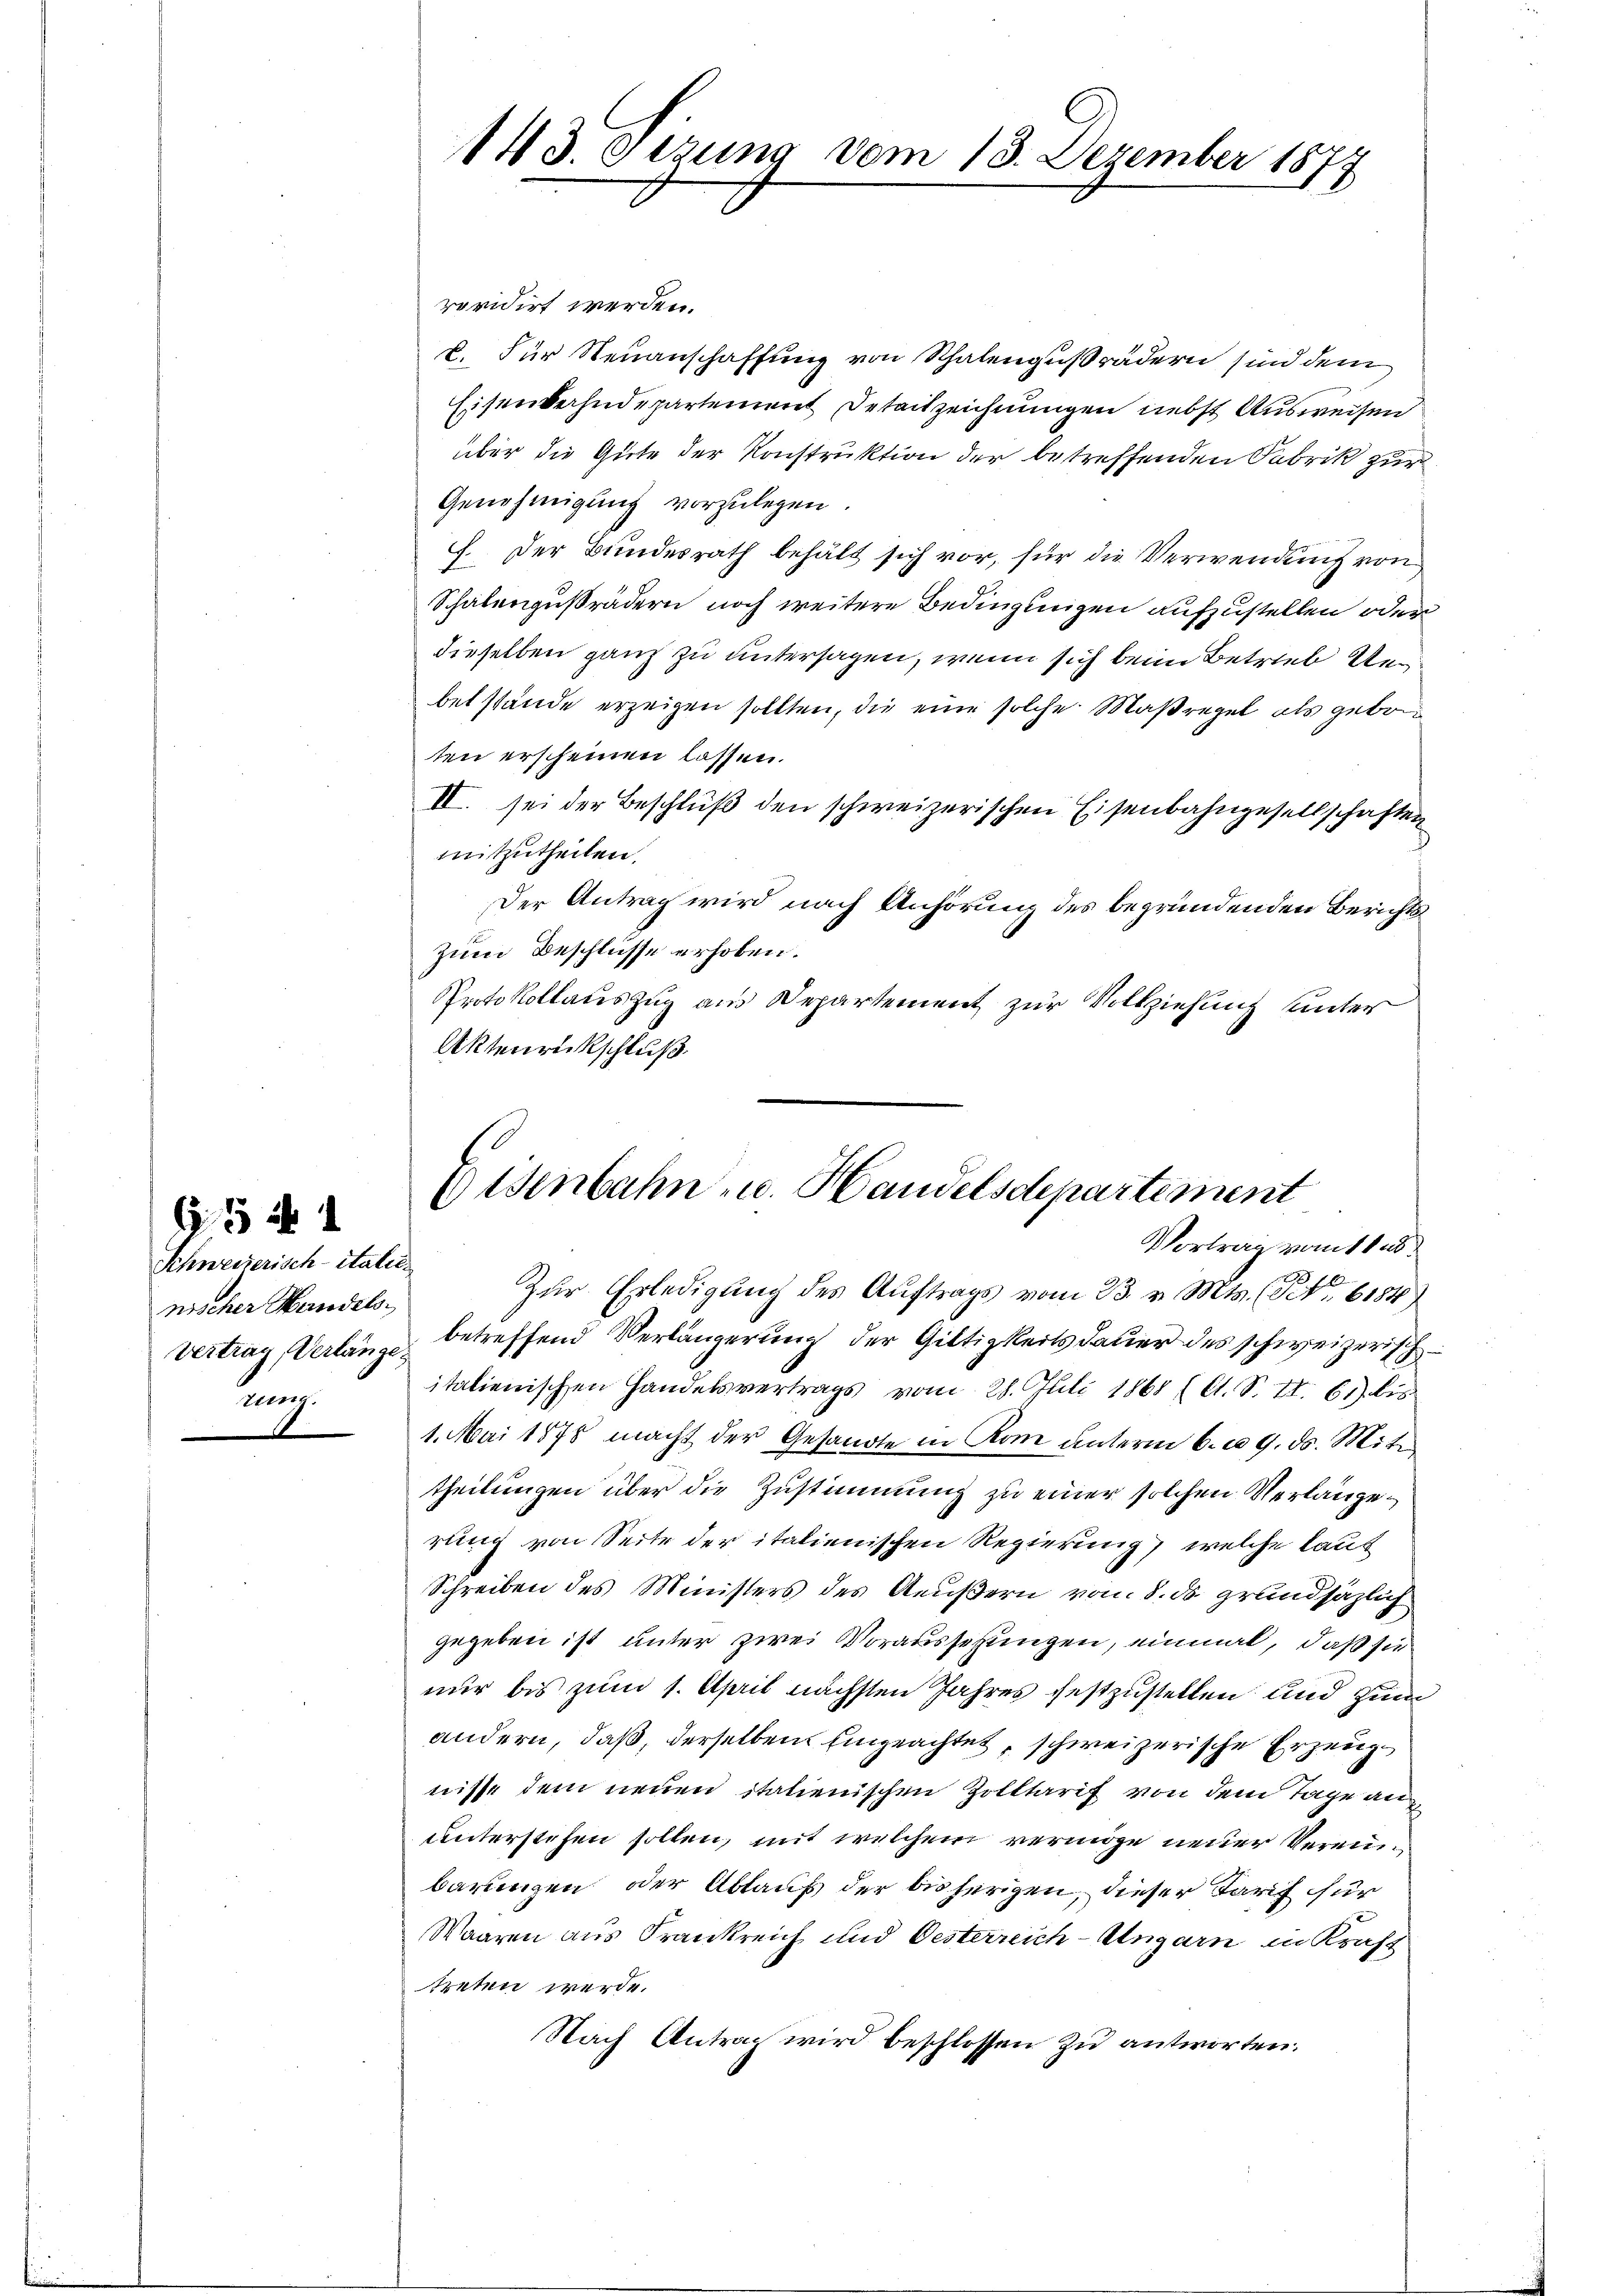
52 x
Schweizerisch-Italie
nischer Handels¬
.

rovidirt werden.
u. Für Neuanschaffung von Schalengußrädern sind dem
Eisenverhudepartement Detactzeichnungen nebst Ausweisen.
über die Gute der Konstruktion der betreffenden Fabrik zur
Genehmigung vorzulegen.
7. Der Bundesrath behält sich vor, für die Verwendung von
Schalengußrädern noch weitere Bedingungen aufzustellen oder
dieselben ganz zu untersagen, wenn sich beim Betrieb Uebetstände erzeigen sollten, die eine solche Maßregel als geborten erscheinen lassen.
II. sei der Beschluß den schweizerischen Eisenbahngesellschaften
mitzutheilen.
Der Antrag wird nach Anhörung des begründenden Berichts
Zum Beschlüsse erhoben.
Protokollauszug aus Departement zur Vollziehung unter
Aktenrückschluß

143. Otzung vom 18. Dezember 1877

Eisenbahn- u. Handelsdepartement
Vortrag vom 11.

Zur Erledigung des Auftrags vom 23. v. Mts. (S. 6184)
Vertrag, Verlange betreffend Verlängerung der Giltigkeits dauer des schweizerischitalienischen Handelsvertrags vom 28. Juli 1868 (lt. S. II. 61) bis
1. Mai 1875 macht der Gesandte in Rom unterm 6. d. 9. ds. Mite
theilungen über die Zustimmung zu einer solchen Verlangerung von Seite der italienischen Regierung) welche laut
Schreiben des Ministers des Aeußern vom 8. ds grundsätzlich
gegeben ist unter zwei Voraussehungen, einmal, daß sie
nur bis zum 1. April nächsten Jahres festzustellen und zum
andern, daß, derselben Eingeachtet, schweizerische Erzeugnisse dem neuen italienischen Zolltarif von dem Tage anunterstehen sollen, mit welchem vermöge neuer Vereinbarungen der Ablauf der bisherigen, dieser Tarif für
Waaren aus Frankreich und Oesterreich-Ungarn in Kraft
treten werde.
Nach Antrag wird beschlossen zu antworten.